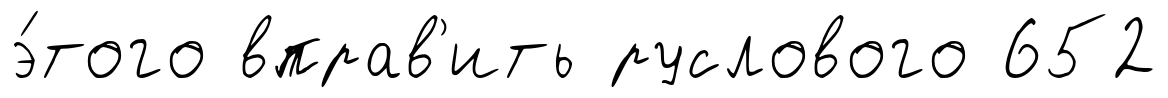
э́того вправ'ить руслового 652